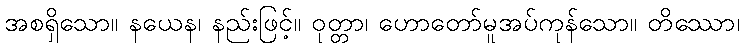
အစရှိသော။ နယေန၊ နည်းဖြင့်။ ဝုတ္တာ၊ ဟောတော်မူအပ်ကုန်သော။ တိဿော၊